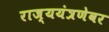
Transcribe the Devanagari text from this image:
राज्ययंत्रणेवर